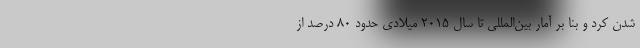
شدن کرد و بنا بر آمار بین‌المللی تا سال ۲۰۱۵ میلادی حدود ۸۰ درصد از